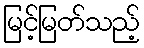
မြင့်မြတ်သည့်